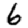
Digit: 6